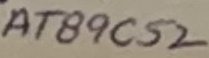
Text: AT89C52